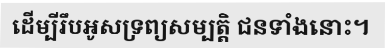
ដើម្បីរឹបអូសទ្រព្យសម្បត្តិ ជនទាំងនោះ។